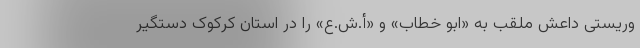
وریستی داعش ملقب به «ابو خطاب» و «أ.ش.ع» را در استان کرکوک دستگیر